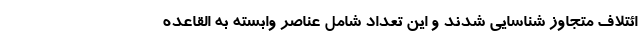
ائتلاف متجاوز شناسایی شدند و این تعداد شامل عناصر وابسته به القاعده